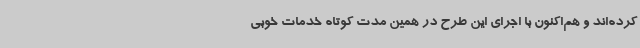
کرده‌اند و هم‌اکنون با اجرای این طرح در همین مدت کوتاه خدمات خوبی